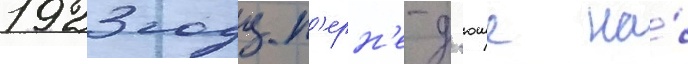
1923 году п'ерн'е-д'юше на́